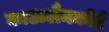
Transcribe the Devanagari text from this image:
काऊलैनकोर्ट